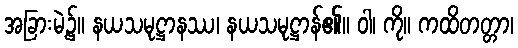
အခြားမဲ့၌။ နယသမုဋ္ဌာနဿ၊ နယသမုဋ္ဌာန်၏။ ဝါ၊ ကို။ ကထိတတ္တာ၊